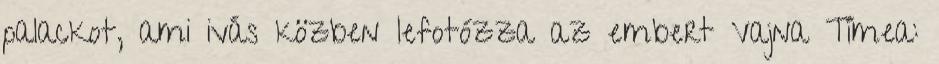
palackot, ami ivás közben lefotózza az embert Vajna Tímea: